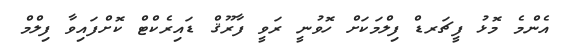
އެންމެ މޮޅު ފީޗަރޑް ފިލްމަކަށް ހޮވުނީ ރަވީ ފާރޫޤް ޑައިރެކްޓް ކޮށްފައިވާ ފިލްމް